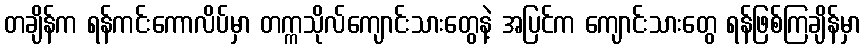
တချိန်က ရန်ကင်းကောလိပ်မှာ တက္ကသိုလ်ကျောင်းသားတွေနဲ့ အပြင်က ကျောင်းသားတွေ ရန်ဖြစ်ကြချိန်မှာ